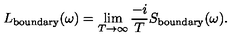
L _ { \mathrm { b o u n d a r y } } ( \omega ) = \lim _ { T \to \infty } \frac { - i } { T } S _ { \mathrm { b o u n d a r y } } ( \omega ) .